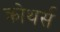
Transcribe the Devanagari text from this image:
क्रोथर्स